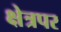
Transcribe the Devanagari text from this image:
क्षेत्रपर